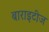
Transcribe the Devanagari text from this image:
बाराइटीज